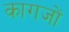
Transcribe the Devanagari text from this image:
कागजाें